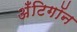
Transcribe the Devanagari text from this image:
अँटिगॉन